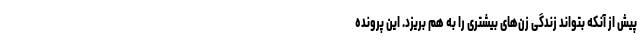
پیش از آنکه بتواند زندگی زن‌های بیشتری را به هم بریزد. این پرونده